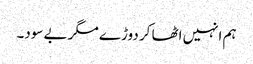
ہم انہیں اٹھا کر دوڑے مگر بے سود۔